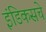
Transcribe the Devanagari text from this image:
इंडिकसचे